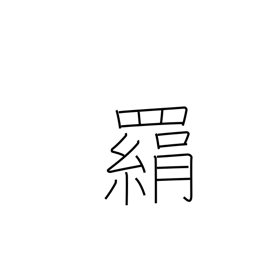
Meaning: trap